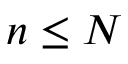
n \leq N